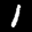
Digit: 1